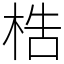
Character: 梏